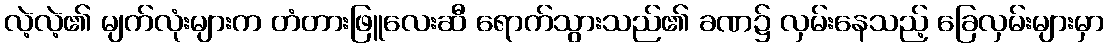
လဲ့လဲ့၏ မျက်လုံးများက တံတားဖြူလေးဆီ ရောက်သွားသည်၏ ခဏ၌ လှမ်းနေသည့် ခြေလှမ်းများမှာ